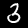
Label: 3